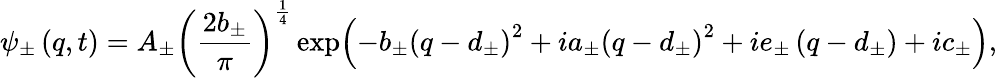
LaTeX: \psi_{\pm}\left(q,t\right)=A_{\pm}\left(\frac{2b_{\pm}}{\pi}\right)^{\frac{1}{4}}\exp\! \Big({-b_{\pm}\left(q-d_{\pm}\right)^{2}}+{ia_{\pm}\left(q-d_{\pm}\right)^{2}+ie_{\pm}\left(q-d_{\pm}\right)+ic_{\pm}\Big)},